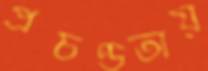
প্রচণ্ডতায়